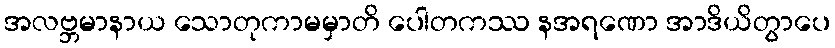
အလဗ္ဘမာနာယ သောတုကာမမှာတိ ပေါတကဿ နအရဏော အာဒိယိတွာပေ